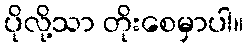
ပိုလို့သာ တိုးစေမှာပါ။